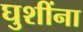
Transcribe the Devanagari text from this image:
घुशींना